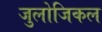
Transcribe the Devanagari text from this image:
जुलोजिकल